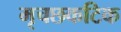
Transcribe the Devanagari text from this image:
मृचछकटिक